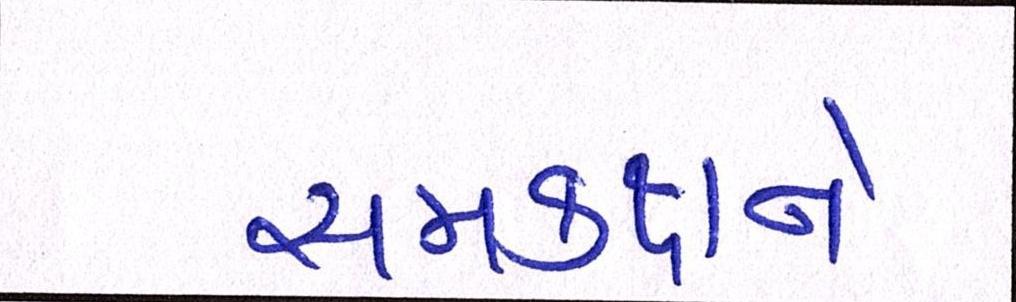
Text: સમકક્ષને